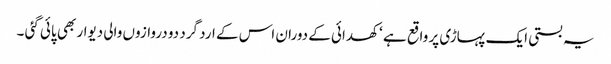
یہ بستی ایک پہاڑی پر واقع ہے ‘ کھدائی کے دوران اس کے ارد گرد دو دروازوں والی دیوار بھی پائی گئی ۔